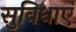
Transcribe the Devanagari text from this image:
सुविधाएं